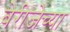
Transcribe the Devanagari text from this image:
बेरीजेच्या